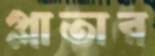
প্লাতার